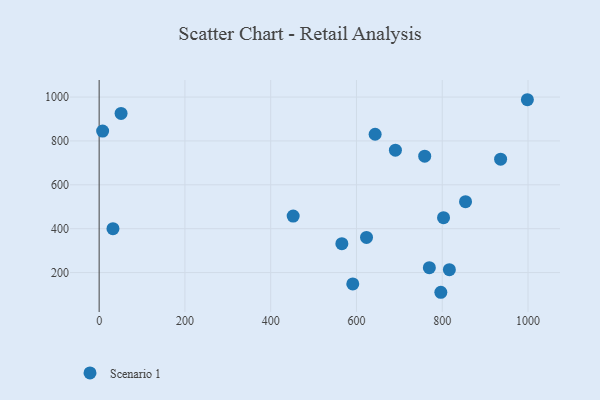
{"axis": {"x": "Distance", "y": "Salary"}, "legend": ["Scenario 1"], "data": [{"x": "769.9", "y": 222.3, "type": "Scenario 1"}, {"x": "565.9", "y": 331.6, "type": "Scenario 1"}, {"x": "998.5", "y": 987.8, "type": "Scenario 1"}, {"x": "816.6", "y": 213.1, "type": "Scenario 1"}, {"x": "803.0", "y": 450.2, "type": "Scenario 1"}, {"x": "854.3", "y": 523.3, "type": "Scenario 1"}, {"x": "643.5", "y": 830.4, "type": "Scenario 1"}, {"x": "936.1", "y": 717.0, "type": "Scenario 1"}, {"x": "452.4", "y": 457.4, "type": "Scenario 1"}, {"x": "8.1", "y": 844.9, "type": "Scenario 1"}, {"x": "759.1", "y": 730.4, "type": "Scenario 1"}, {"x": "690.8", "y": 758.0, "type": "Scenario 1"}, {"x": "796.7", "y": 110.2, "type": "Scenario 1"}, {"x": "32.2", "y": 400.0, "type": "Scenario 1"}, {"x": "623.4", "y": 360.0, "type": "Scenario 1"}, {"x": "51.1", "y": 925.4, "type": "Scenario 1"}, {"x": "591.4", "y": 148.4, "type": "Scenario 1"}]}